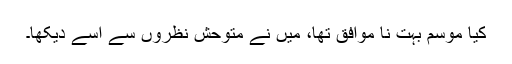
کیا موسم بہت نا موافق تھا، میں نے متوحش نظروں سے اسے دیکھا۔